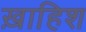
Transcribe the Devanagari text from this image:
ख़ाहिश